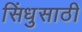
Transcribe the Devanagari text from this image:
सिंधुसाठी